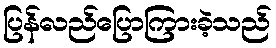
ပြန်လည်ပြောကြားခဲ့သည်